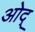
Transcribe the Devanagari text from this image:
ओद्